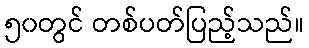
၅၀တွင် တစ်ပတ်ပြည့်သည်။